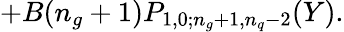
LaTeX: +B(n_{g}+1)P_{1,0;n_{g}+1,n_{q}-2}(Y).